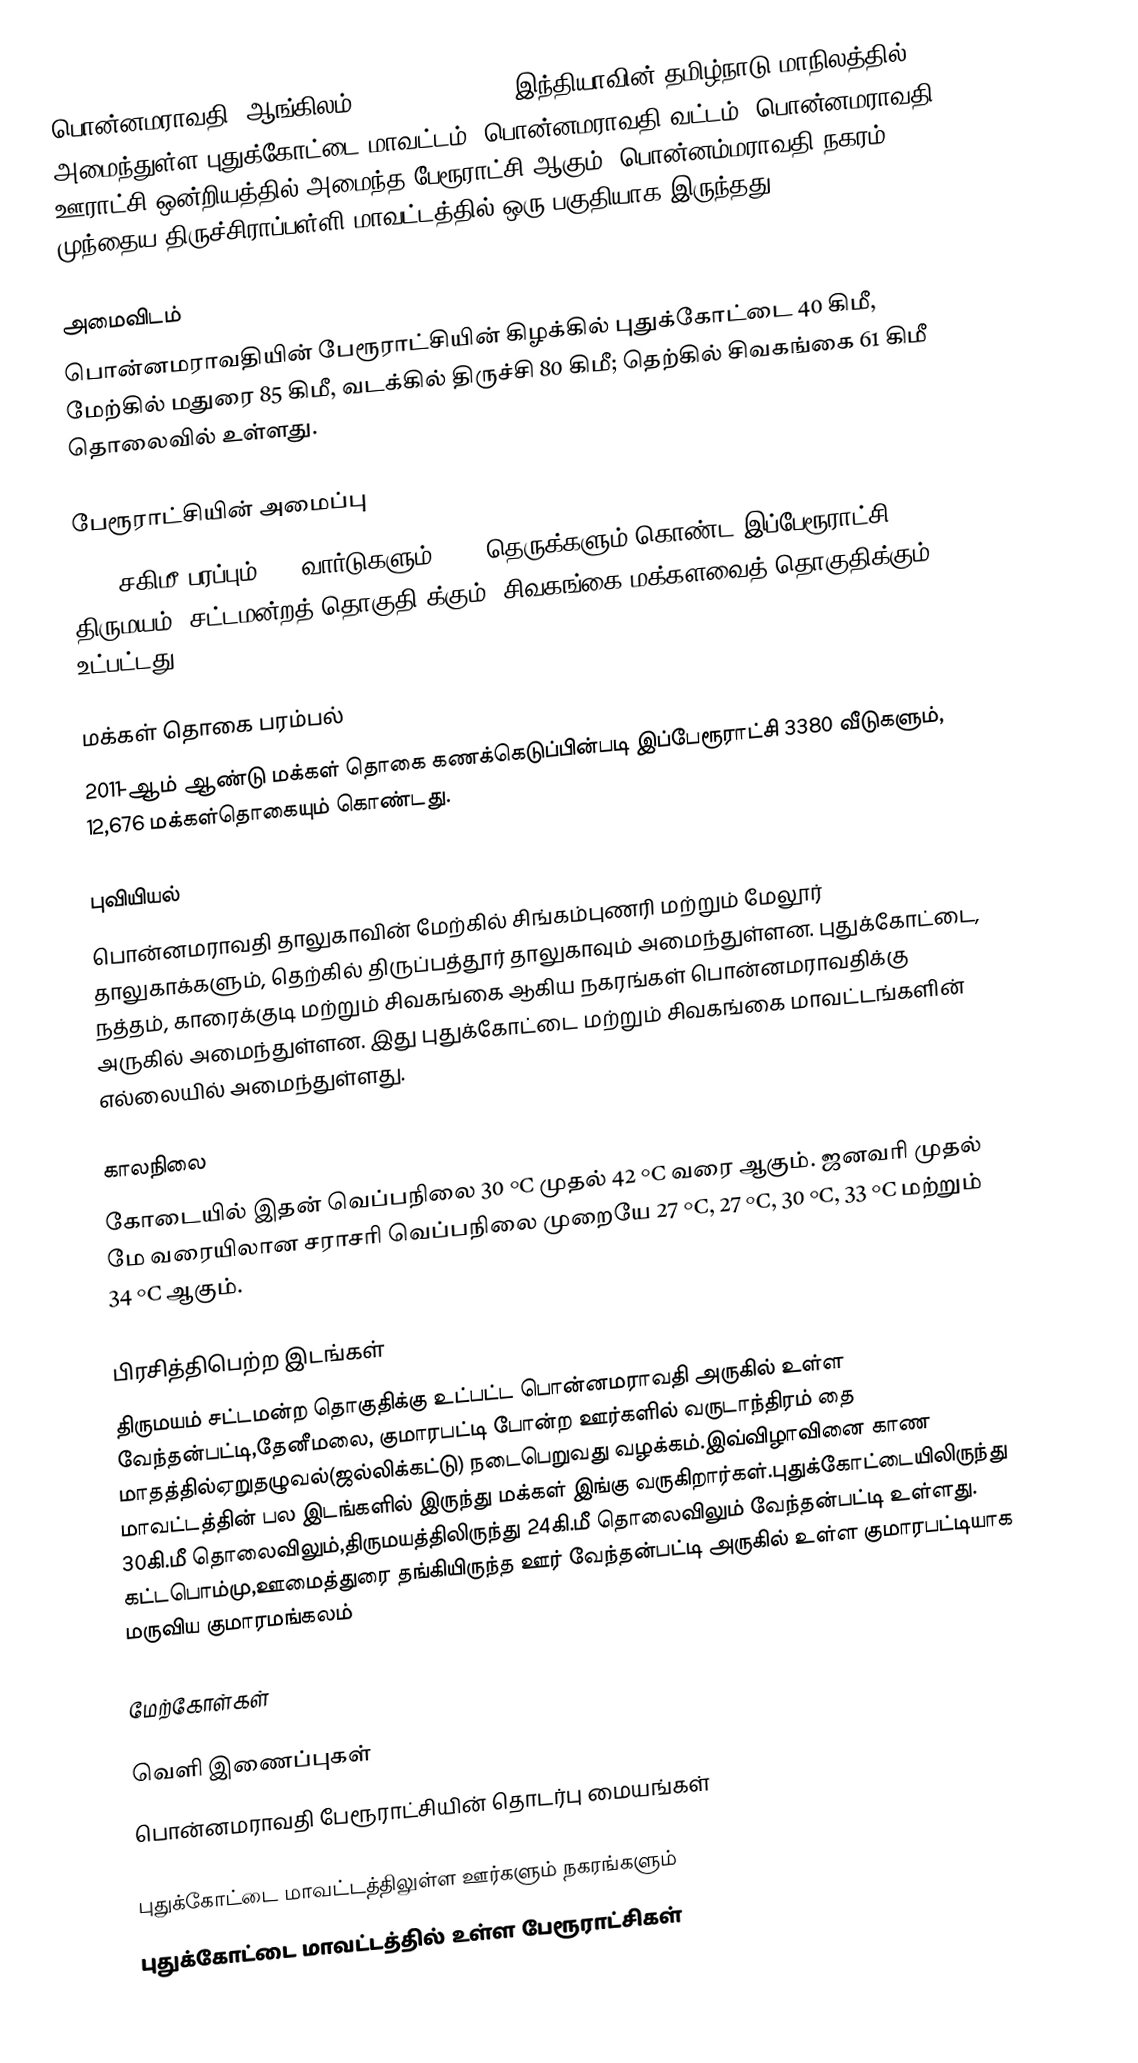
பொன்னமராவதி (ஆங்கிலம்:Ponnamaravathi), இந்தியாவின் தமிழ்நாடு மாநிலத்தில் அமைந்துள்ள  புதுக்கோட்டை மாவட்டம்,  பொன்னமராவதி வட்டம், பொன்னமராவதி ஊராட்சி ஒன்றியத்தில் அமைந்த பேரூராட்சி ஆகும். பொன்னம்மராவதி நகரம் முந்தைய திருச்சிராப்பள்ளி மாவட்டத்தில் ஒரு பகுதியாக இருந்தது.

அமைவிடம்
பொன்னமராவதியின் பேரூராட்சியின் கிழக்கில்  புதுக்கோட்டை 40 கிமீ, மேற்கில் மதுரை 85  கிமீ,  வடக்கில் திருச்சி 80 கிமீ; தெற்கில் சிவகங்கை 61 கிமீ தொலைவில் உள்ளது.

பேரூராட்சியின் அமைப்பு
8.60 சகிமீ பரப்பும், 15   வார்டுகளும், 164  தெருக்களும் கொண்ட இப்பேரூராட்சி  திருமயம் (சட்டமன்றத் தொகுதி)க்கும், சிவகங்கை மக்களவைத் தொகுதிக்கும் உட்பட்டது.

மக்கள் தொகை பரம்பல்
2011-ஆம் ஆண்டு மக்கள் தொகை கணக்கெடுப்பின்படி  இப்பேரூராட்சி   3380 வீடுகளும், 12,676 மக்கள்தொகையும் கொண்டது.

புவியியல்
பொன்னமராவதி தாலுகாவின் மேற்கில்  சிங்கம்புணரி மற்றும் மேலூர் தாலுகாக்களும், தெற்கில் திருப்பத்தூர் தாலுகாவும் அமைந்துள்ளன. புதுக்கோட்டை, நத்தம், காரைக்குடி மற்றும் சிவகங்கை ஆகிய நகரங்கள் பொன்னமராவதிக்கு அருகில் அமைந்துள்ளன. இது புதுக்கோட்டை மற்றும் சிவகங்கை மாவட்டங்களின் எல்லையில் அமைந்துள்ளது.

காலநிலை
கோடையில் இதன் வெப்பநிலை 30 °C முதல் 42 °C வரை ஆகும். ஜனவரி முதல் மே வரையிலான சராசரி வெப்பநிலை முறையே 27 °C, 27 °C, 30 °C, 33 °C மற்றும் 34 °C ஆகும்.

பிரசித்திபெற்ற இடங்கள்
திருமயம் சட்டமன்ற தொகுதிக்கு உட்பட்ட பொன்னமராவதி அருகில் உள்ள வேந்தன்பட்டி,தேனீமலை, குமாரபட்டி போன்ற ஊர்களில் வருடாந்திரம் தை மாதத்தில்ஏறுதழுவல்(ஜல்லிக்கட்டு) நடைபெறுவது வழக்கம்.இவ்விழாவினை காண மாவட்டத்தின் பல இடங்களில் இருந்து மக்கள் இங்கு வருகிறார்கள்.புதுக்கோட்டையிலிருந்து 30கி.மீ தொலைவிலும்,திருமயத்திலிருந்து 24கி.மீ தொலைவிலும் வேந்தன்பட்டி உள்ளது. கட்டபொம்மு,ஊமைத்துரை தங்கியிருந்த ஊர் வேந்தன்பட்டி அருகில் உள்ள குமாரபட்டியாக மருவிய குமாரமங்கலம்

மேற்கோள்கள்

வெளி இணைப்புகள்
 பொன்னமராவதி பேரூராட்சியின் தொடர்பு மையங்கள்

புதுக்கோட்டை மாவட்டத்திலுள்ள ஊர்களும் நகரங்களும்
புதுக்கோட்டை மாவட்டத்தில் உள்ள பேரூராட்சிகள்